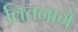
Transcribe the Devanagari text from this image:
वितनागे